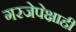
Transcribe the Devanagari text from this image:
गरजेपेक्षाही